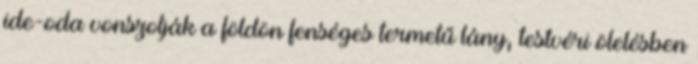
ide-oda vonszolják a földön fenséges termetű lány, testvéri ölelésben